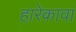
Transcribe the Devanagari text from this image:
हारेकावा